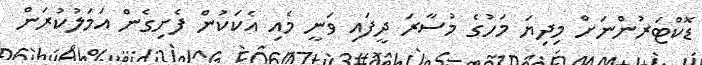
ޑޮކްޓަރުންނަށް މިދިޔަ މަހުގެ މުސާރަ ދީފައި ވަނީ މެއި އެކަކުން ފެށިގެން އަމަލުކުރަން